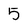
Character: 5